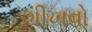
શીખવો